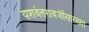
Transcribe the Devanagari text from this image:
यशवंतरावजींसारख्या